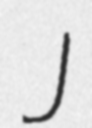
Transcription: J